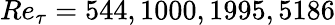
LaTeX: Re_{\tau}=544,1000,1995,5186